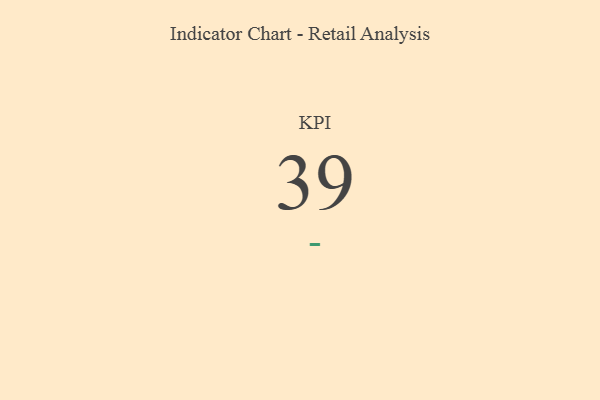
{"axis": {"x": "KPI", "y": "Value"}, "legend": [""], "data": [{"x": "KPI", "y": 39, "type": ""}]}